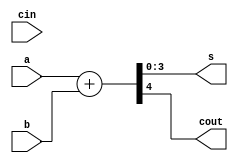
module SN74283_flops(
   input [3:0] a,
   input [3:0] b,
   input cin,
   output [3:0] s,
   output cout
);
   wire [4:0] result;
   assign result = a + b;
   assign {cout, s} = result;

endmodule